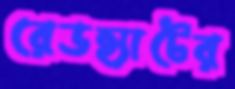
রেডহ্যাটের